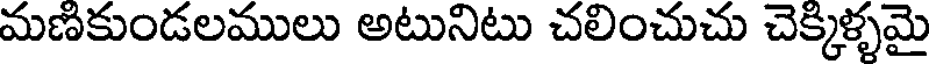
మణికుండలములు అటునిటు చలించుచు చెక్కిళ్ళమై